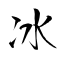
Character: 冰